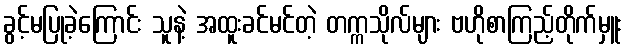
ခွင့်မပြုခဲ့ကြောင်း သူနဲ့ အထူးခင်မင်တဲ့ တက္ကသိုလ်များ ဗဟိုစာကြည့်တိုက်မှူး